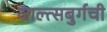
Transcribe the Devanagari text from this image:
जाल्त्सबुर्गची